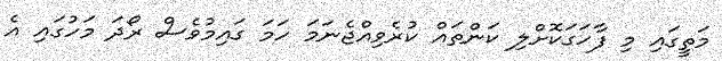
މަތީގައި މި ފާހަގަކޮށްލި ކަންތައް ކުރެވިއްޖެނަމަ ހަމަ ގައިމުވެސް ރޯދަ މަހުގައި އެ